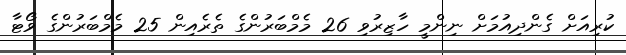
ކުރިއަށް ގެންދިއުމަށް ނިންމީ ހާޒިރުވި 26 މެމްބަރުންގެ ތެރެއިން 25 މެމްބަރުންގެ ވޯޓާ